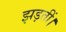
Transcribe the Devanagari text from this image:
झड़तीं।